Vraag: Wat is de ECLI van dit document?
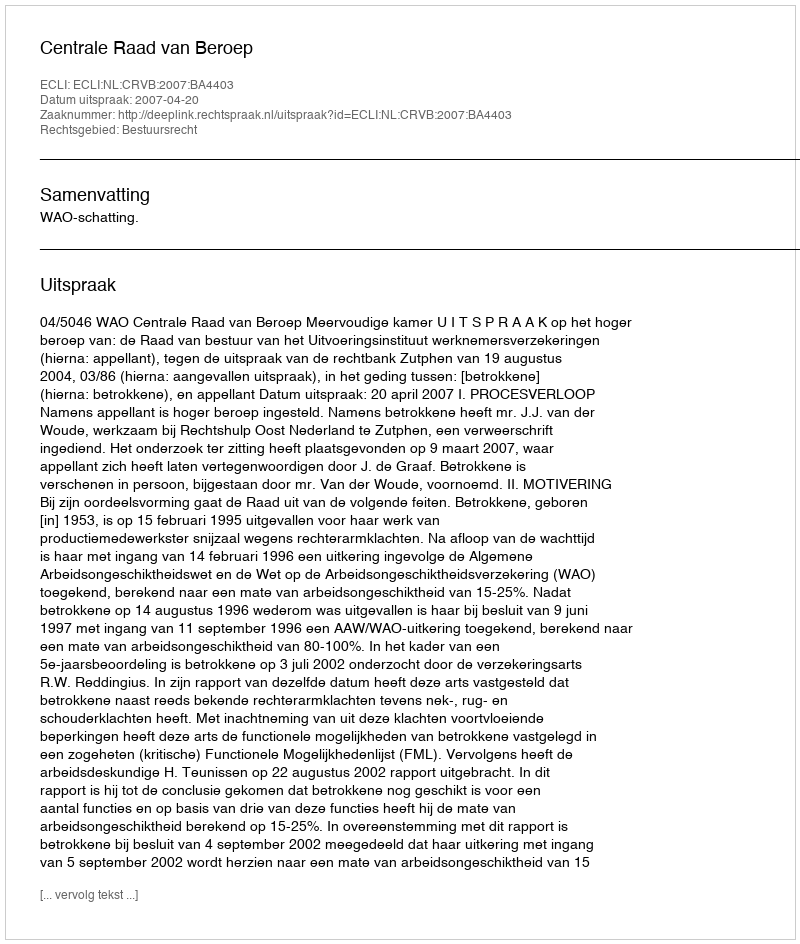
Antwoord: ECLI:NL:CRVB:2007:BA4403